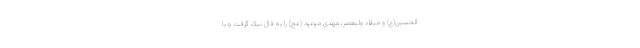
الحسین(ع) و میلاد ولیعصر، مهدی موعود (عج) را به فال نیک گرفت و با